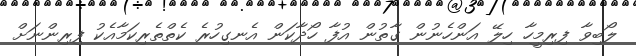
ލޯބިވާ ފިރިމީހާ ހިލޭ އަންހެނުން ގާތުން އުފާ ހޯދާކަން އެނގިހުރެ ކެތްތެރިކަމާއެކު ފިރިންނަށް